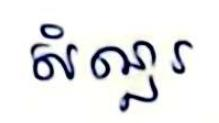
សំណួរ